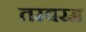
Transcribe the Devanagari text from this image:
तम्बरम